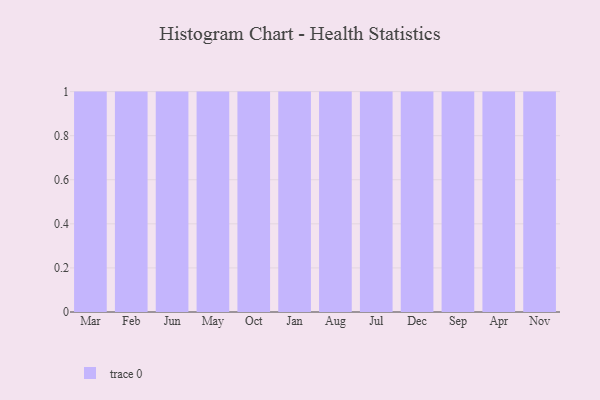
{"axis": {"x": "Month", "y": "Inventory Turnover"}, "legend": [""], "data": [{"x": "Mar", "y": 60, "type": ""}, {"x": "Feb", "y": 35, "type": ""}, {"x": "Jun", "y": 47, "type": ""}, {"x": "May", "y": 58, "type": ""}, {"x": "Oct", "y": 99, "type": ""}, {"x": "Jan", "y": 92, "type": ""}, {"x": "Aug", "y": 53, "type": ""}, {"x": "Jul", "y": 95, "type": ""}, {"x": "Dec", "y": 29, "type": ""}, {"x": "Sep", "y": 98, "type": ""}, {"x": "Apr", "y": 36, "type": ""}, {"x": "Nov", "y": 79, "type": ""}]}